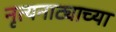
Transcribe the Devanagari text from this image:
नृत्यनाट्याच्या